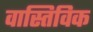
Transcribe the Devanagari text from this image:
वास्तिविक